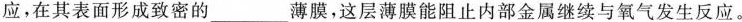
应，在其表面形成致密的___薄膜，这层薄膜能阻止内部金属继续与氧气发生反应。